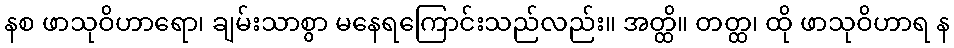
နစ ဖာသုဝိဟာရော၊ ချမ်းသာစွာ မနေရကြောင်းသည်လည်း။ အတ္ထိ။ တတ္ထ၊ ထို ဖာသုဝိဟာရ န